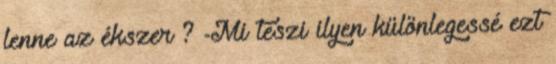
lenne az ékszer ? -Mi teszi ilyen különlegessé ezt